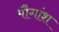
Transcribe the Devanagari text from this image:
भौगांश